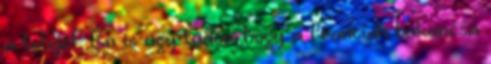
a tetejét. Én is úgy tudom,hogy a franciák bakancsa